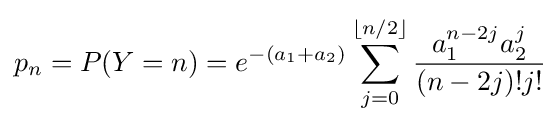
p_{n}=P(Y=n)=e^{-(a_{1}+a_{2})}\sum _{j=0}^{\lfloor n/2\rfloor }{\frac {a_{1}^{n-2j}a_{2}^{j}}{(n-2j)!j!}}